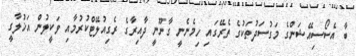
ބާ އެސޯސިއޭޝަންގެ މަގުސަދުތަކުގެ ތެރޭގައި ހިމެނެނީ ގާނޫނީ ދާއިރާގެ ރެގިއުލޭޓްކުރުމާއި ވަކީލުން އަޚުލާގީ